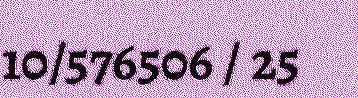
10/576506 / 25